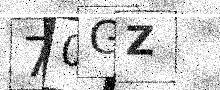
Text: 70GZ